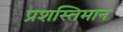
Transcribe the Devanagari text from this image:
प्रशस्तिमान